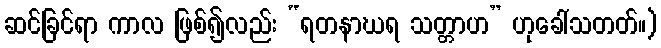
ဆင်ခြင်ရာ ကာလ ဖြစ်၍လည်း “ရတနာဃရ သတ္တာဟ” ဟုခေါ်သတတ်။)